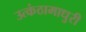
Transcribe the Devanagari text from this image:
उत्कंठामाधुरी